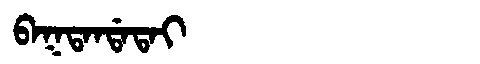
Manchu: ᠪᠠᡴᡨᠠᠨᡩᠠᡨᠠᡳ
Romanization: BAKTANDATAI